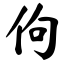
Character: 佝